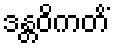
ဒန္တဝိကတိံ